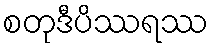
စတုဒီပိဿရဿ